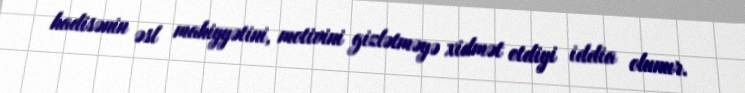
hadisənin əsl mahiyyətini, motivini gizlətməyə xidmət etdiyi iddia olunur.